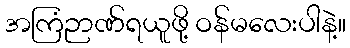
အကြံဉာဏ်ရယူဖို့ ဝန်မလေးပါနဲ့။